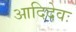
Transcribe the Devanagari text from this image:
आदिदेवः